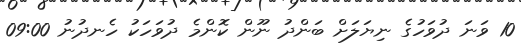
10 ވަނަ ދުވަހުގެ ނިޔަލަށް ބަންދު ނޫން ކޮންމެ ދުވަހަކު ހެނދުނު 09:00